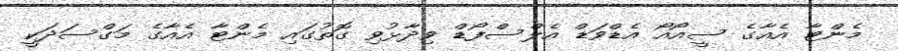
މެންޓާ އެއާގެ ސީއޯއޯ އެޑްވަޑް އެލްސްފޯޑް ވިދާޅުވި ގޮތުގައި މެންޓާ އެއާގެ މަގްސަދަކީ